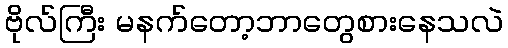
ဗိုလ်ကြီး မနက်တော့ဘာတွေစားနေသလဲ